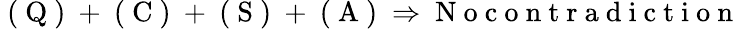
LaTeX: \begin{array}{r}{\mathrm{~(~Q~)~}+\mathrm{~(~C~)~}+\mathrm{~(~S~)~}+\mathrm{~(~A~)~}\Rightarrow\mathrm{~N~o~c~o~n~t~r~a~d~i~c~t~i~o~n~}}\end{array}